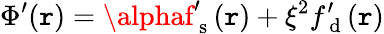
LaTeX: \Phi^{\prime}(\mathtt{r})=\alphaf_{\mathrm{{~s~}}}^{\prime}(\mathtt{r})+\xi^{2}f_{\mathrm{{~d~}}}^{\prime}(\mathtt{r})